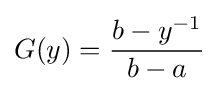
G(y)={\frac {b-y^{-1}}{b-a}}